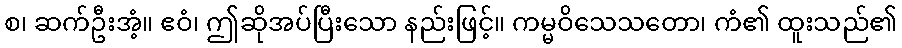
စ၊ ဆက်ဦးအံ့။ ဧဝံ၊ ဤဆိုအပ်ပြီးသော နည်းဖြင့်။ ကမ္မဝိသေသတော၊ ကံ၏ ထူးသည်၏